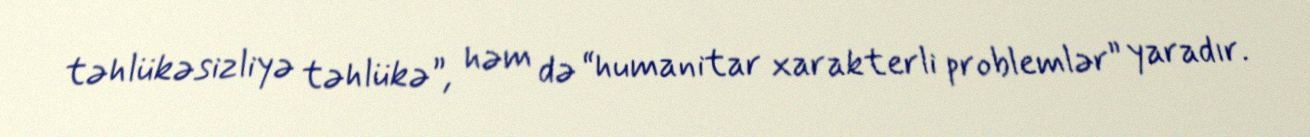
təhlükəsizliyə təhlükə”, həm də “humanitar xarakterli problemlər” yaradır.